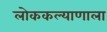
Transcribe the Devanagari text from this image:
लोककल्याणाला